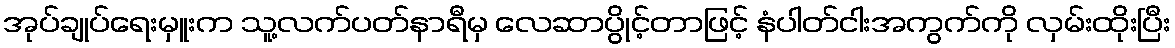
အုပ်ချုပ်ရေးမှူးက သူ့လက်ပတ်နာရီမှ လေဆာပွိုင့်တာဖြင့် နံပါတ်ငါးအကွက်ကို လှမ်းထိုးပြီး